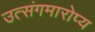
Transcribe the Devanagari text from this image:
उत्संगमारोप्य